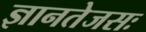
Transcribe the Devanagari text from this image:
ज्ञानतेजसः